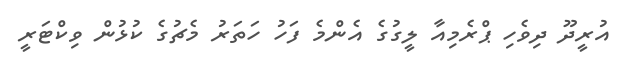
އުރީދޫ ދިވެހި ޕްރެމިއާ ލީގުގެ އެންމެ ފަހު ހަތަރު މެޗުގެ ކުޅުން ވިކްޓަރީ